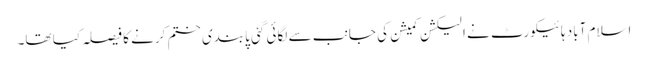
اسلام آباد ہائیکورٹ نے الیکشن کمیشن کی جانب سے لگائی گئی پابندی ختم کرنے کا فیصلہ کیا تھا۔